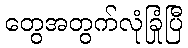
တွေအတွက်လုံခြုံပြီ